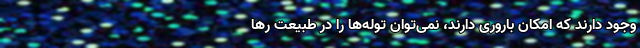
وجود دارند که امکان باروری دارند، نمی‌توان توله‌ها را در طبیعت رها